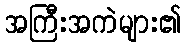
အကြီးအကဲများ၏